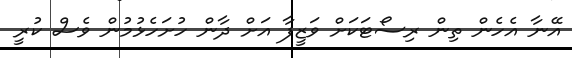
އޭނާ އެހެން ތިން ރިސޯޓަކަށް ވަޒީފާ އަށް ދާން ހުށަހެޅުމުން ވެސް ކުރީ